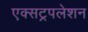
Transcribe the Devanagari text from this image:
एक्सट्रपलेशन